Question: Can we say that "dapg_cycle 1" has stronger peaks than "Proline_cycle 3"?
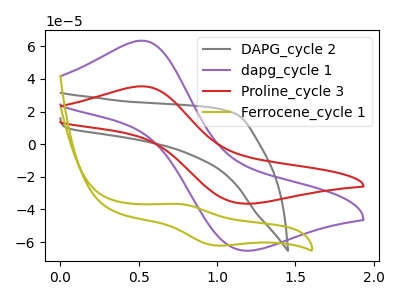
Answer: <think>The gray curve "DAPG_cycle 2" has no peaks. The purple curve "dapg_cycle 1" has an anodic peak at (0.50V, 63.40uA) and a cathodic peak at (1.15V, -65.15uA). The red curve "Proline_cycle 3" has an anodic peak at (0.50V, 35.45uA) and a cathodic peak at (1.15V, -36.45uA). The olive curve "Ferrocene_cycle 1" has an anodic peak at (0.75V, -36.65uA) and a cathodic peak at (1.00V, -62.05uA).</think>
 <answer>Every peak in "dapg_cycle 1" is higher than every peak in "Proline_cycle 3".</answer>
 <eval>higher</eval>